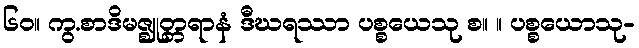
၆၀။ ကွ.စာဒိမဇ္ဈုတ္တရာနံ ဒီဃရဿာ ပစ္စယေသု စ။ ။ ပစ္စယောသု-